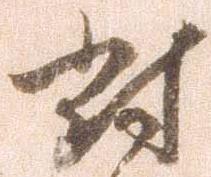
討